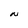
Character: N